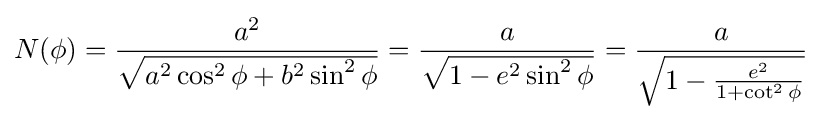
N(\phi )={\frac {a^{2}}{\sqrt {a^{2}\cos ^{2}\phi +b^{2}\sin ^{2}\phi }}}={\frac {a}{\sqrt {1-e^{2}\sin ^{2}\phi }}}={\frac {a}{\sqrt {1-{\frac {e^{2}}{1+\cot ^{2}\phi }}}}}